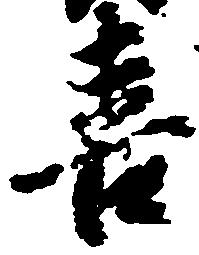
喜